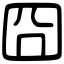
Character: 囧